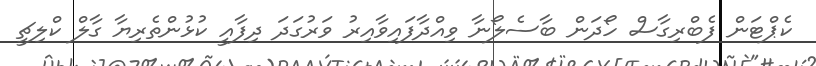
ކެޕްޓަން ފެބްރިގާސް ހޯދަން ބާސެލޯނާ ވިއްދާފައިވާއިރު ވަރުގަދަ ދިފާއީ ކުޅުންތެރިޔާ ގާލް ކްލިޗީ